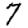
Digit: 7